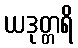
ယဒုတ္တရိ